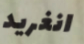
انغريد